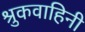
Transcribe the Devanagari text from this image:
श्रुकवाहिनी